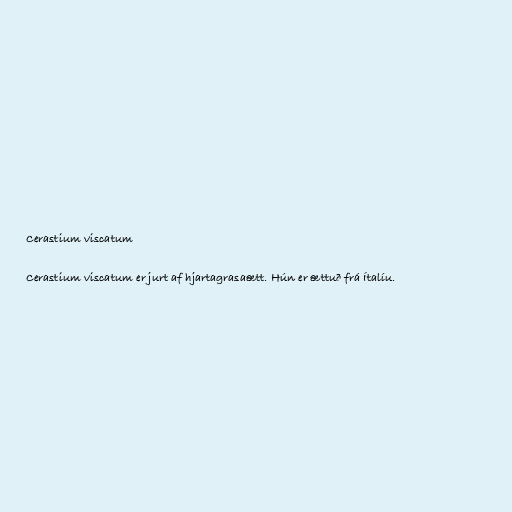
Cerastium viscatum

Cerastium viscatum er jurt af hjartagrasaætt. Hún er ættuð frá Ítalíu.